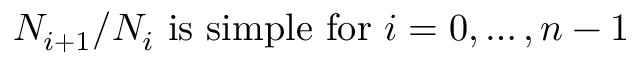
N _ { i + 1 } / N _ { i } { \mathrm { ~ i s ~ s i m p l e ~ f o r ~ } } i = 0 , \dots , n - 1